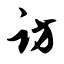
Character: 访